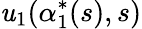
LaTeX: \mathit{u}_{1}(\alpha_{1}^{*}(s),s)